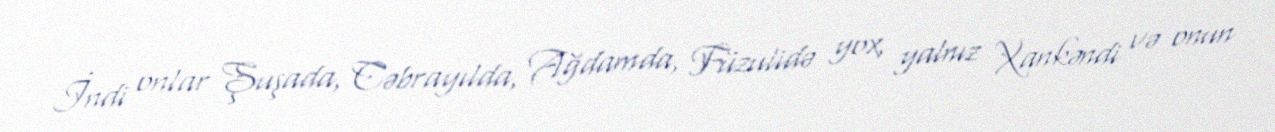
İndi onlar Şuşada, Cəbrayılda, Ağdamda, Füzulidə yox, yalnız Xankəndi və onun